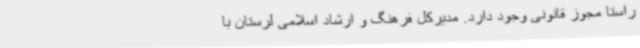
راستا مجوز قانونی وجود دارد. مدیرکل فرهنگ و ارشاد اسلامی لرستان با